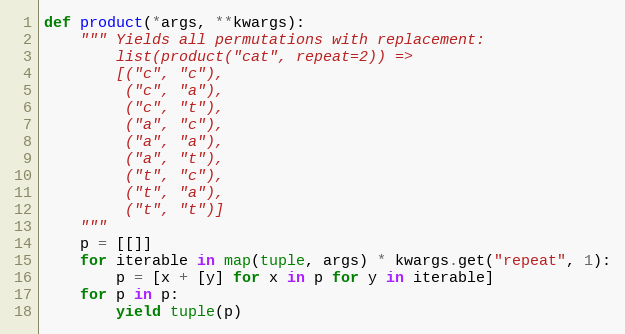
Language: Python
def product(*args, **kwargs):
    """ Yields all permutations with replacement:
        list(product("cat", repeat=2)) =>
        [("c", "c"),
         ("c", "a"),
         ("c", "t"),
         ("a", "c"),
         ("a", "a"),
         ("a", "t"),
         ("t", "c"),
         ("t", "a"),
         ("t", "t")]
    """
    p = [[]]
    for iterable in map(tuple, args) * kwargs.get("repeat", 1):
        p = [x + [y] for x in p for y in iterable]
    for p in p:
        yield tuple(p)